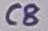
Text: C8